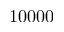
1 0 0 0 0